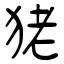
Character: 狫